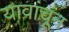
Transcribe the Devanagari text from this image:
यावांचून